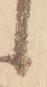
候